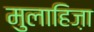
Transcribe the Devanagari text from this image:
मुलाहिज़ा